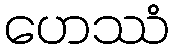
ဟေဿံ